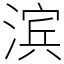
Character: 滨